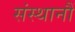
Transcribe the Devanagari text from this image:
संस्थानौं